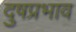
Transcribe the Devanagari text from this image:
दुषप्रभाव